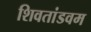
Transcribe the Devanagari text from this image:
शिवतांडवम